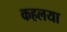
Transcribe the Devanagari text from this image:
कहलया